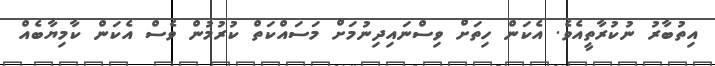
އިތުބާރު ނުކުރާތީއެވެ. އެކަން ހިތަށް ވިސްނައިދިނުމަށް މަސައްކަތް ކުރުމުން ވެސް އެކަން ކާމިޔާބެއް